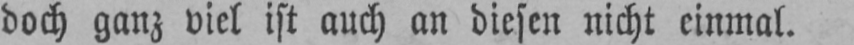
doch ganz viel ist auch an diesen nicht einmal.